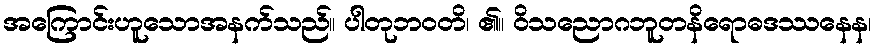
အကြောင်းဟူသောအနက်သည်။ ပါတုဘဝတိ၊ ၏။ ဝိသညောဂဘူတနိရောဓဒဿနေန၊